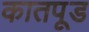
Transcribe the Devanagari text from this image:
कातपूड